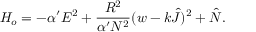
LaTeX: H _ { o } = - \alpha ^ { \prime } E ^ { 2 } + \frac { R ^ { 2 } } { \alpha ^ { \prime } N ^ { 2 } } ( w - k \hat { J } ) ^ { 2 } + \hat { N } .